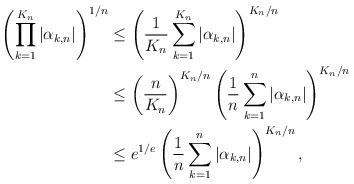
LaTeX: \begin{align*} \left(\prod_{k=1}^{K_n} |\alpha_{k,n}|\right)^{1/n} &\le \left(\frac{1}{K_n} \sum_{k=1}^{K_n} |\alpha_{k,n}|\right)^{K_n/n} \\ &\le \left(\frac{n}{K_n}\right)^{K_n/n} \left(\frac{1}{n} \sum_{k=1}^n |\alpha_{k,n}|\right)^{K_n/n}\\ &\le e^{1/e} \left(\frac{1}{n} \sum_{k=1}^n |\alpha_{k,n}|\right)^{K_n/n},\end{align*}